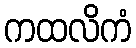
ကထလိကံ